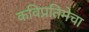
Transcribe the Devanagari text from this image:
कविप्रतिमेचा